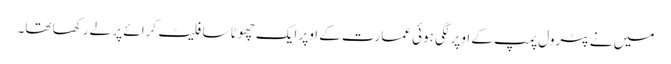
میں نے پٹرول پمپ کے اوپر لگی ہوئی عمارت کے اوپر ایک چھوٹا سا فلیٹ کرائے پر لے رکھا تھا۔